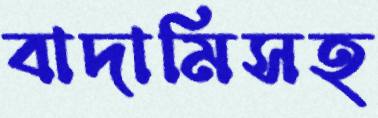
বাদামিসহ